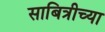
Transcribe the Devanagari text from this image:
साबित्रीच्या